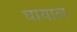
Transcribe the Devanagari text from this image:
घायाल